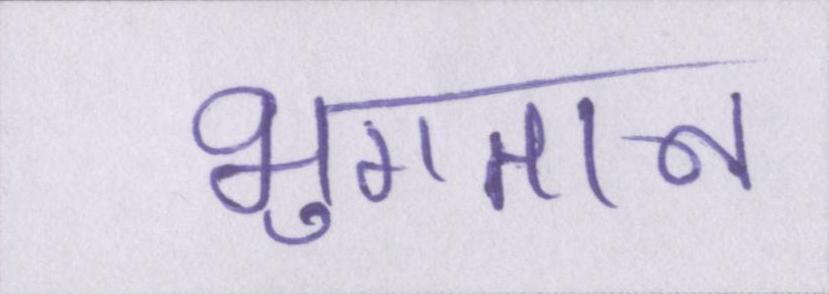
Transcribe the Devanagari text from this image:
भुगतान